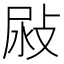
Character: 𢽜